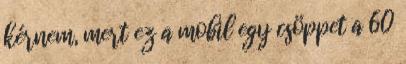
kérnem, mert ez a mobil egy csöppet a 60